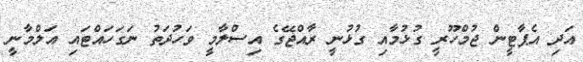
އަދި އެޕާޓީން ޖުމްހޫރީ ގުޅުމާއި ގުޅުނީ ރާއްޖޭގެ އިސްލާމީ ވަހުދަތު ނަގަހައްޓައި އަލްމާނީ